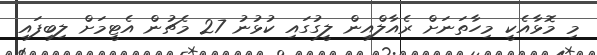
މި މޮޅާއެކީ މިހާތަނަށް ރެއާލްއިން ލީގުގައި ކުޅުނު 27 މެޗުން އެޓީމަށް ލިބިފައި